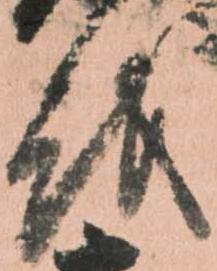
を